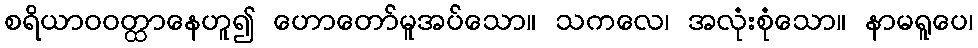
စရိယာဝဝတ္ထာနေဟူ၍ ဟောတော်မူအပ်သော။ သကလေ၊ အလုံးစုံသော။ နာမရူပေ၊